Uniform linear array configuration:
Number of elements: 24
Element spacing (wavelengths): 1
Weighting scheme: blackman
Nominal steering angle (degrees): -60
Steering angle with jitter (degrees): -60.802
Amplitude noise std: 0.05
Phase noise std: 0.05

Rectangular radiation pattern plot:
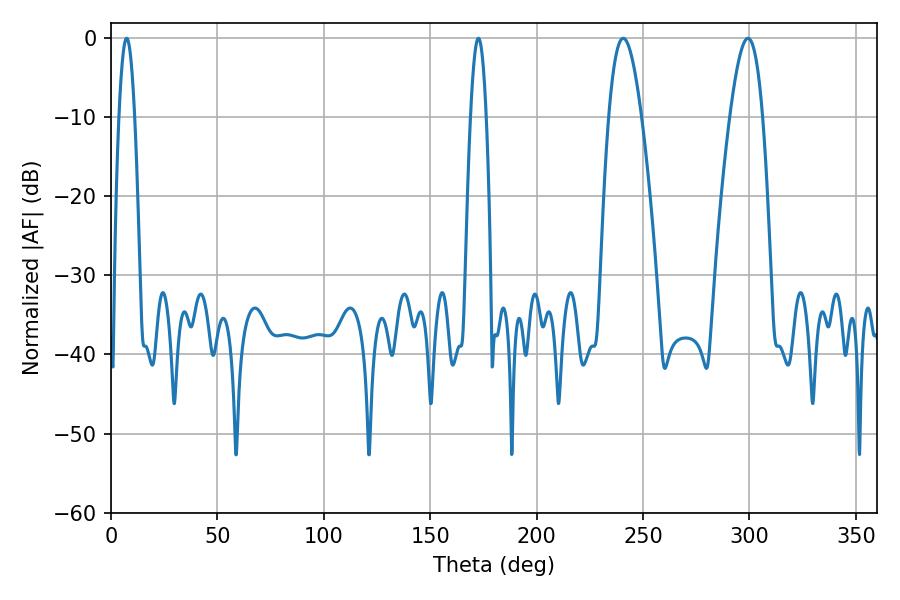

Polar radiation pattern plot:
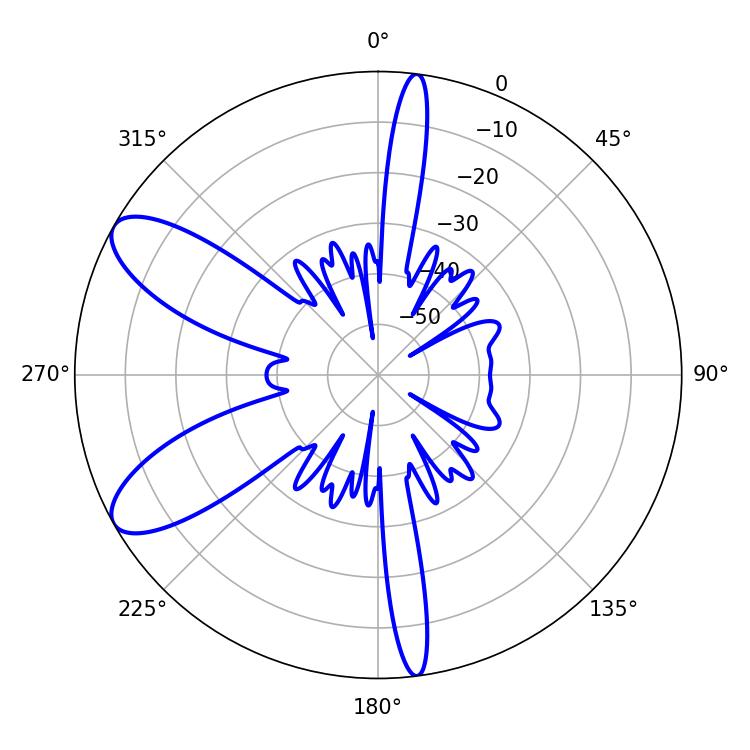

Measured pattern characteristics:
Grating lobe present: TRUE
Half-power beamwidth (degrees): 8.46
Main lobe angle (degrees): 240.66